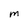
Character: M